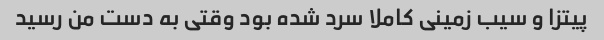
پیتزا و سیب زمینی کاملا سرد شده بود وقتی به دست من رسید